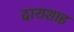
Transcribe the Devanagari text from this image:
दाराशाह